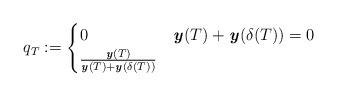
LaTeX: \begin{align*}q_T := \begin{cases}0 & \textbf{\textit{y}}(T) + \textbf{\textit{y}}(\delta(T)) = 0 \\\frac{\textbf{\textit{y}}(T)}{\textbf{\textit{y}}(T) + \textbf{\textit{y}}(\delta(T)) } & \end{cases}\end{align*}